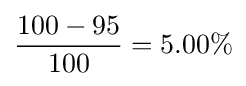
{\frac {100-95}{100}}=5.00\%